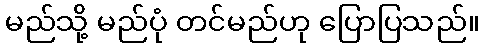
မည်သို့ မည်ပုံ တင်မည်ဟု ပြောပြသည်။